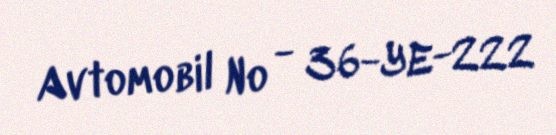
Avtomobil № - 36-YE-222